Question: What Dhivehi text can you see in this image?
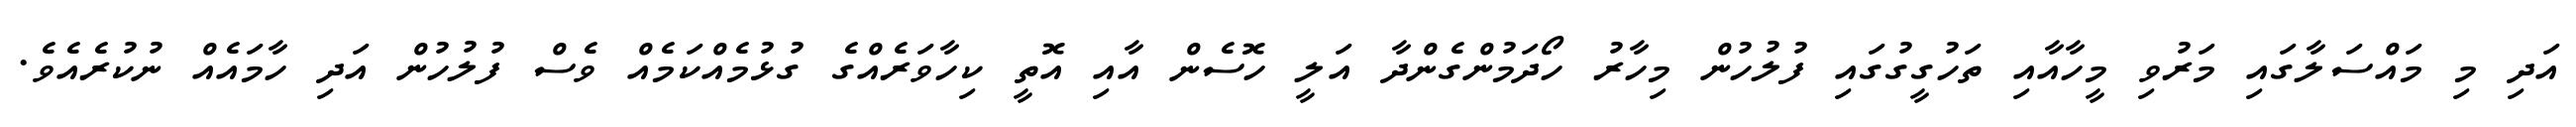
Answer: އަދި މި މައްސަލާގައި މަރުވި މީހާއާއި ތަހުގީގުގައި ފުލުހުން މިހާރު ހޯދަމުންގެންދާ އަލީ ހޮސެން އާއި އޮތީ ކިހާވަރެއްގެ ގުޅުމެއްކަމެއް ވެސް ފުލުހުން އަދި ހާމައެއް ނުކުރެއެވެ.